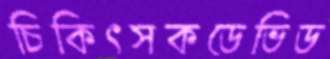
চিকিৎসকডেভিড